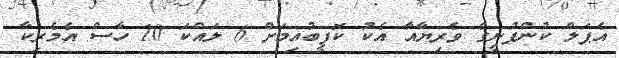
އެޕަލް ކުންފުނީގެ ވެރިޔާއާ އެކު ކޮފީބުއިމަށް 6 ލައްކަ 10 ހާސް އެމެރިކާ